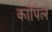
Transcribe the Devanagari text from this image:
कांपिल